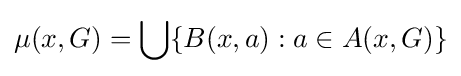
\mu (x,G)=\bigcup \{B(x,a):a\in A(x,G)\}